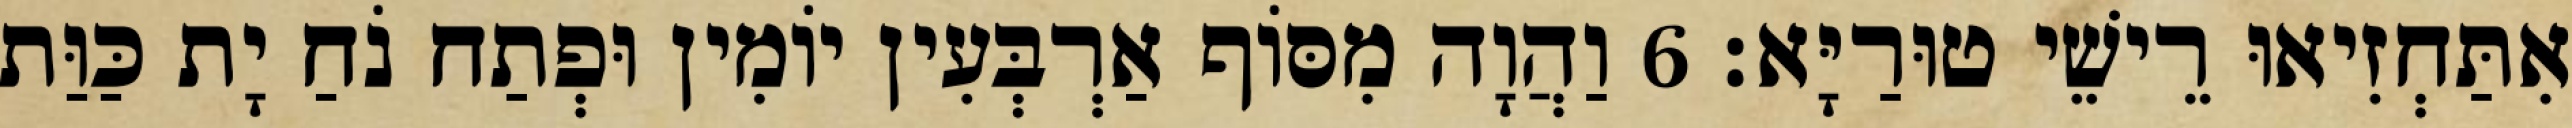
אִתַּחְזִיאוּ רֵישֵׁי טוּרַיָּא׃ 6 וַהֲוָה מִסּוֹף אַרְבְּעִין יוֹמִין וּפְתַח נֹחַ יָת כַּוַּת